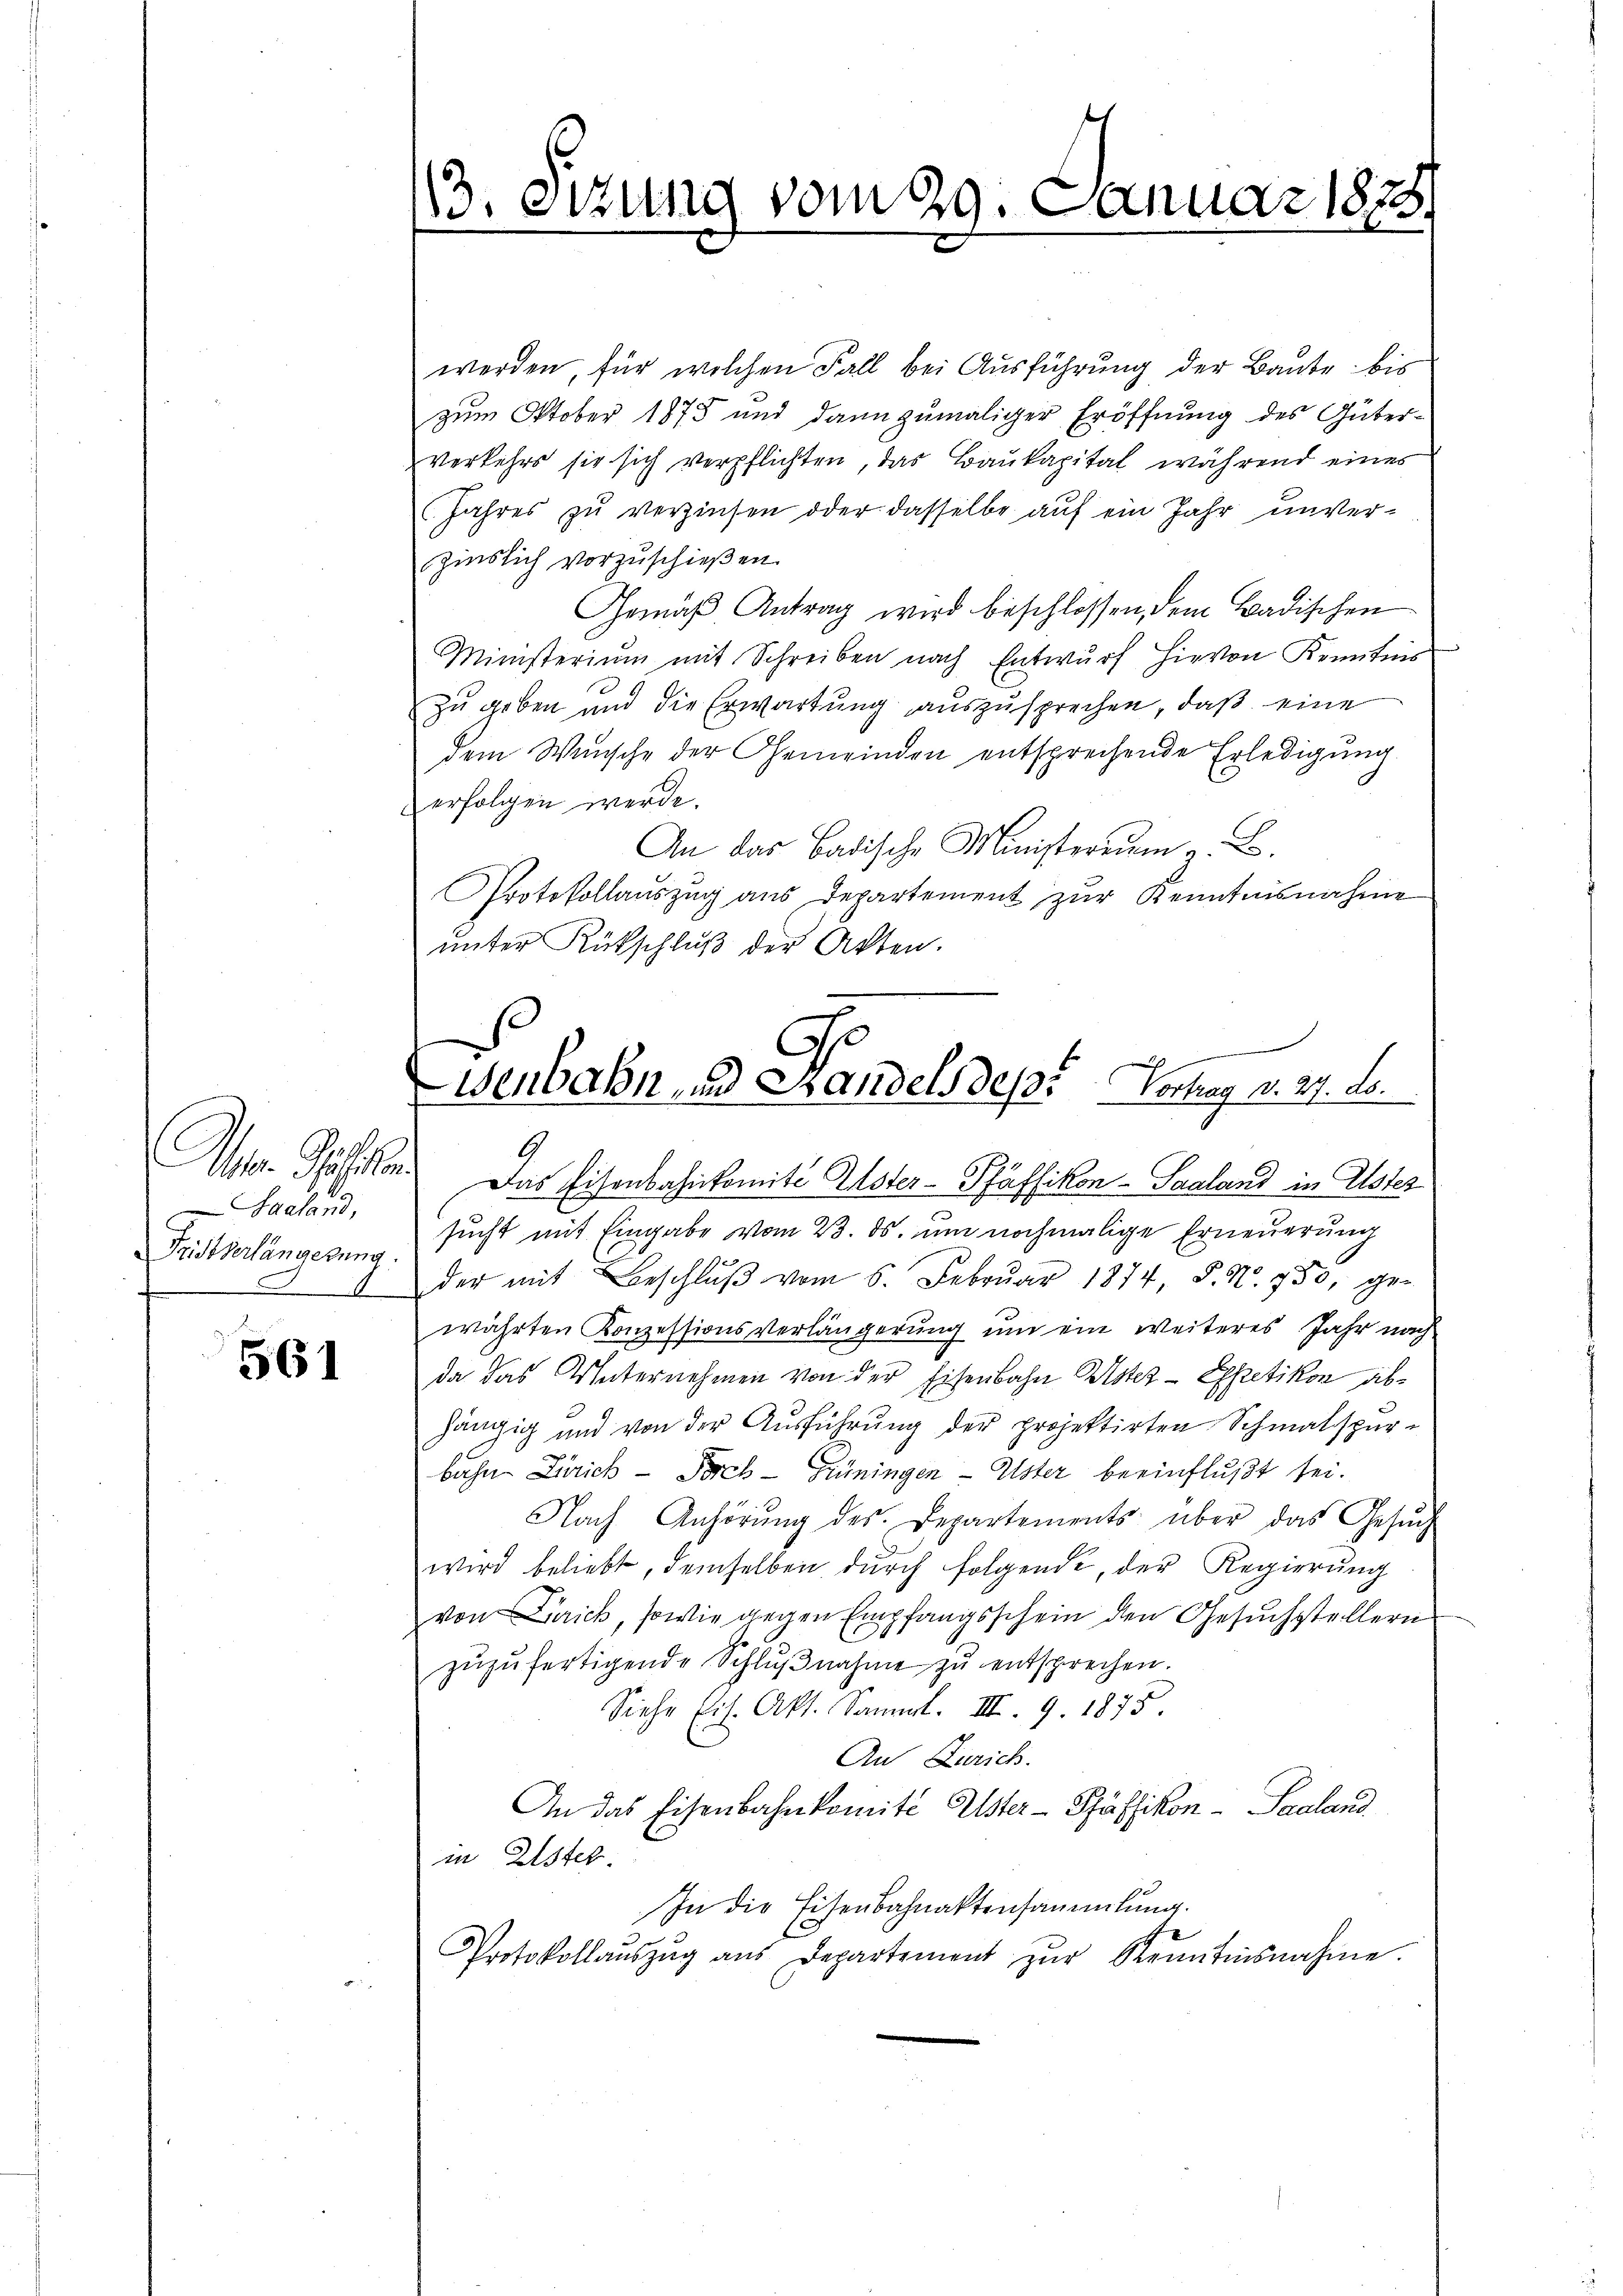
Ahren Jahren
Saaland,
 Fristverlängerung.

561

13. Ottung vom 29. Januar 1873.

werden, für welchen Fall bei Ausführung der Baute bis
zum Oktober 1875 und dann zumaliger Eröffnung des Güterverkehrs sie sich verpflichten, das Baukapital während eines
Jahres zu verzinsen oder dasselbe auf ein Jahr unverzinslich vorzuschießen.
Gemäß Antrag wird beschlossen, dem Badischen
Ministerium mit Schreiben nach Entwurf hievon Kenntnis
zu geben und die Erwartung auszusprechen, daß eine
dem Wunsche der Gemeinden entsprechende Erledigung
erfolgen werde.
An das Badische Ministerium z. B.
Protokollaŭszŭg aŭs departement zŭr Kenntnisnahme
unter Rückschluß der Akten.
6.
Das Eisenbahnkomité Elster-Pfäffikon-Saaland in Uster
sucht mit Eingabe vom 23. ds. um nochmalige Erneuerung
der mit Beschlŭβ vom 6. Februar 1874, S. Nr. 750, ge-
währten Konzessionsverlängerung um ein weiteres Jahr nach
da das Unternehmen von der Eisenbahn Alster - Eppretikon abhängig und von der Ausführung der projektirten Schmalspur-
bahn Zürich - Posch - Grüningen Uster beeinflußt sei.
Nach Anhörŭng des Departements über das Gesŭch
wird beliebt, demselben durch folgende, der Regierung
von Zürich, sowie gegen Empfangsschein den Gesuchstellern
zŭzŭfertigende Schlŭβnahme zŭ entsprechen.
Siehe Eis. Akt. Samml. III. 9. 1875.
An Zürich.
An das Eisenbahnkomité Elster- Pfäffikon - Saaland
in Ester,
In die Eisenbahnaktensammlung.
Protokollaŭszŭg aŭs Departement zŭr Verantisnahme.

Genbahn, ad Handelsdepr Justig v. 27. d.